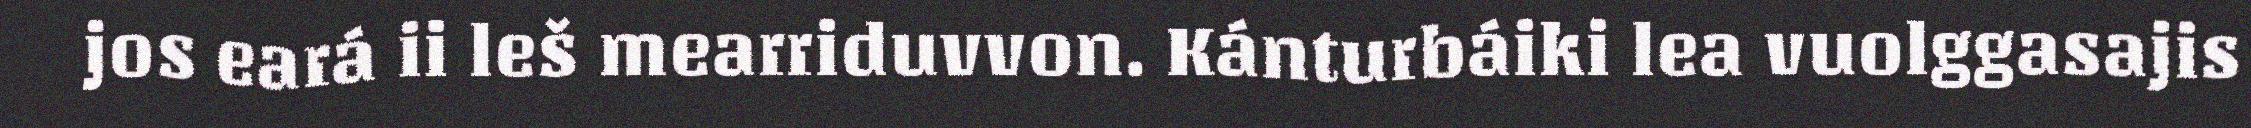
jos eará ii leš mearriduvvon. Kánturbáiki lea vuolggasajis